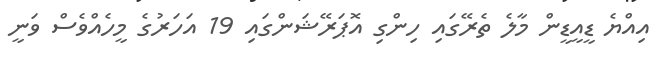
އިއްޔެ ޑީއީޑީން މާލެ ތެރޭގައި ހިންގި އޮޕަރޭޝަންގައި 19 އަހަރުގެ މީހެއްވެސް ވަނީ